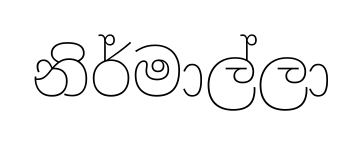
නිර්මාල්ලා